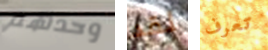
وحدهم لقد تعرف